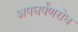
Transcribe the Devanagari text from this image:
अपघर्षंणरोध